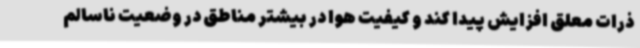
ذرات معلق افزایش پیدا کند و کیفیت هوا در بیشتر مناطق در وضعیت ناسالم